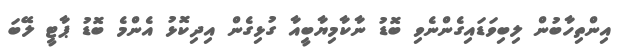
އިންތިހާބުން ލިބިވަޑައިގެންނެވި ބޮޑު ނާކާމިޔާބީއާ ގުޅިގެން އިދިކޮޅު އެންމެ ބޮޑު ޕާޓީ ލޭބަ